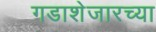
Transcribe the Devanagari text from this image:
गडाशेजारच्या